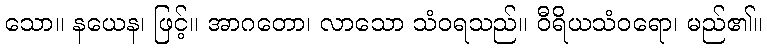
သော။ နယေန၊ ဖြင့်။ အာဂတော၊ လာသော သံဝရသည်။ ဝီရိယသံဝရော၊ မည်၏။